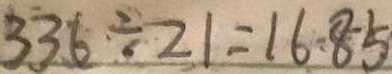
3 3 6 \div 2 1 = 1 6 . 8 5